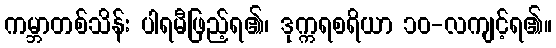
ကမ္ဘာတစ်သိန်း ပါရမီဖြည့်ရ၏၊ ဒုက္ကရစရိယာ ၁၀-လကျင့်ရ၏။